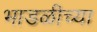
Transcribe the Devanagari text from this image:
भाडळीच्या